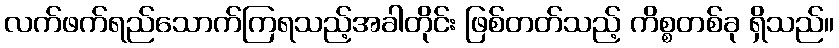
လက်ဖက်ရည်သောက်ကြရသည့်အခါတိုင်း ဖြစ်တတ်သည့် ကိစ္စတစ်ခု ရှိသည်။